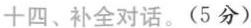
十四、补全对话.(5分)